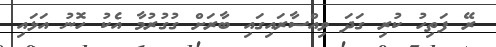
ރޭ ފަތިހު ކުރި ގަދަ ވިއްސާރައިގައި ބާރަށް ގުގުރުމާ އެކު ހޮނު އަޅައި